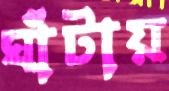
ঘাঁটায়